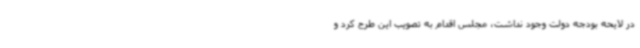
در لایحه بودجه دولت وجود نداشت، مجلس اقدام به تصویب این طرح کرد و